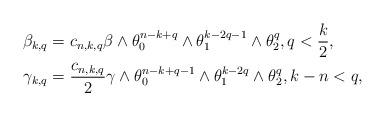
LaTeX: \begin{align*}\beta_{k,q}&=c_{n,k,q}\beta\wedge\theta_0^{n-k+q}\wedge\theta_1^{k-2q-1}\wedge\theta_2^q,q<\frac{k}{2},\\\gamma_{k,q}&=\frac{c_{n,k,q}}{2}\gamma\wedge\theta_0^{n-k+q-1}\wedge\theta_1^{k-2q}\wedge\theta_2^q, k-n< q,\end{align*}